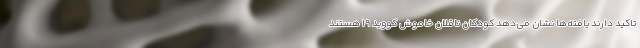
تاکید دارند یافته‌ها نشان می‌دهد کودکان ناقلان خاموش کووید ۱۹ هستند